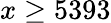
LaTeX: x\geq 5393